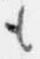
も